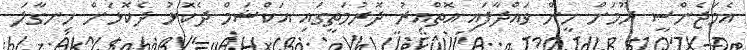
އެމަޖެންސީ ރޫމަށް ހީން ވައްދާފައި އޮތްއިރު ދޮރުމަތީގައި އަކްޝަމް ދެކޮޅު ދެކޮޅަށް ހިނގާލަ